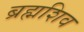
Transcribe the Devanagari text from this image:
ब्रह्मशिव